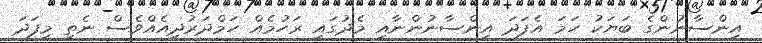
އިންސާނުންގެ ބަޔަކު ހަމަ އެފަދަ އިންސާނުންނާއި މެދުގައި ރަހުމެއް ހަމްދަރުދީއެއްވެސް ނެތި މިފަދަ